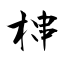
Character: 梙